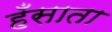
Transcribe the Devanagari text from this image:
हँसाता